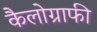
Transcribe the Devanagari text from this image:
कैलोग्राफी